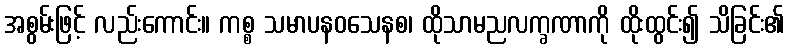
အစွမ်းဖြင့် လည်းကောင်း။ ကစ္စ သမာပနဝသေနစ၊ ထိုသာမညလက္ခဏာကို ထိုးထွင်း၍ သိခြင်း၏